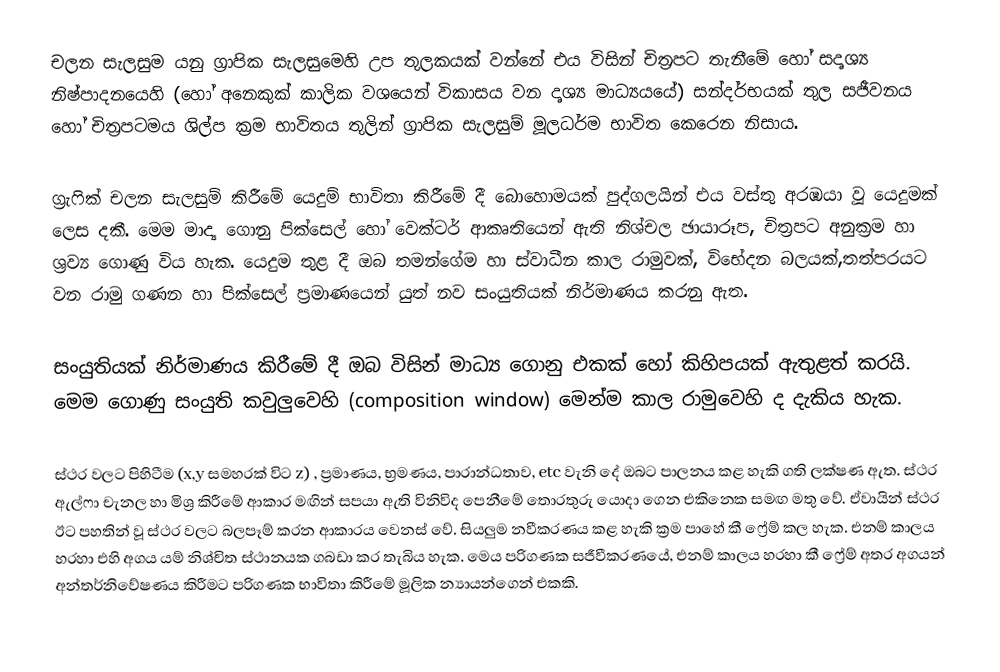
චලන සැලසුම යනු ග්‍රාපික සැලසුමෙහි උප තුලකයක් වන්නේ එය විසින් චිත්‍රපට තැනීමේ හෝ සදෘශ්‍ය නිෂ්පාදනයෙහි  (හෝ අනෙකුක් කාලික වශයෙන් විකාසය වන දෘශ්‍ය මාධ්‍යයයේ)  සන්දර්භයක් තුල සජීවනය හෝ චිත්‍රපටමය ශිල්ප ක්‍රම භාවිතය තුලින් ග්‍රාපික සැලසුම් මූලධර්ම භාවිත කෙරෙන නිසාය.

ග්‍රැෆික් චලන සැලසුම් කිරීමේ යෙදුම් භාවිතා කිරීමේ දී බොහොමයක් පුද්ගලයින් එය වස්තු අරඹයා වූ යෙදුමක් ලෙස දකී. මෙම මාද්‍ය ගොනු පික්සෙල් හෝ වෙක්ටර් ආකෘතියෙන් ඇති නිශ්චල ඡායාරූප, චිත්‍රපට අනුක්‍රම හා ශ්‍රව්‍ය ගොණු විය හැක. යෙදුම තුළ දී ඔබ තමන්ගේම හා ස්වාධීන කාල රාමුවක්, විභේදන බලයක්,තත්පරයට වන රාමු ගණන හා පික්සෙල් ප්‍රමාණයෙන් යුත් නව සංයුතියක් නිර්මාණය කරනු ඇත.

සංයුතියක් නිර්මාණය කිරීමේ දී ඔබ විසින් මාධ්‍ය ගොනු එකක් හෝ කිහිපයක් ඇතුළත් කරයි. මෙම ගොණු  සංයුති කවුලුවෙහි (composition window) මෙන්ම කාල රාමුවෙහි ද දැකිය හැක.

ස්ථර වලට පිහිටීම (x,y සමහරක් විට z) , ප්‍රමාණය, භ්‍රමණය, පාරාන්ධතාව, etc වැනි‍ දේ ඔබට පාලනය කළ හැකි ගති ලක්ෂණ ඇත. ස්ථර ඇල්ෆා චැනල හා මිශ්‍ර කිරීමේ ආකාර මඟින් සපයා ඇති විනිවිද පෙනීමේ තොරතුරු යොදා‍ ගෙන එකිනෙක සමඟ මතු වේ. ඒවායින් ස්ථර ඊට පහතින් වූ ස්ථර වලට බලපෑම් කරන ආකාරය වෙනස් වේ. සියලුම නවීකරණය කළ හැකි ක්‍රම පාහේ කී ෆ්‍රේම් කල හැක. එනම් කාලය හරහා එහි අගය යම් නිශ්චිත ස්ථානයක ගබඩා කර තැබිය හැක. මෙය පරිගණක සජීවීකරණයේ, එනම් කාලය හරහා කී ෆ්‍රේම් අතර අගයන් අන්තර්නිවේෂණය කිරීමට පරිගණක භාවිතා කිරීමේ  මූලික න්‍යායන්ගෙන් එකකි.